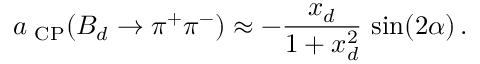
a _ { \mathrm { { \scriptsize ~ C P } } } ( B _ { d } \to \pi ^ { + } \pi ^ { - } ) \approx - \frac { x _ { d } } { 1 + x _ { d } ^ { 2 } } \, \sin ( 2 \alpha ) \, .